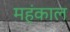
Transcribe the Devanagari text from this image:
महंकाल